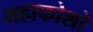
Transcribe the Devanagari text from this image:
महाकोशो